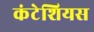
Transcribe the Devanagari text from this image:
कंटेशियस